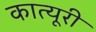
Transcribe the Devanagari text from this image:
कात्यूरी